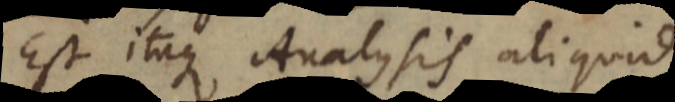
Est itaque Analysis aliquid